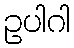
ဥပါဂါ